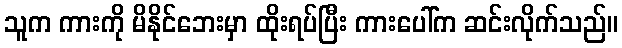
သူက ကားကို မိနိုင်ဘေးမှာ ထိုးရပ်ပြီး ကားပေါ်က ဆင်းလိုက်သည်။